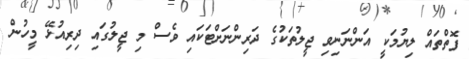
ފޮތްތައް ލިޔުމަކީ އަންނަނިވި ޖީލުތަކުގެ ދަރިންނަށްޓަކައި ވެސް މި ޖީލުގައި ދިރިއުޅޭ މީހުން